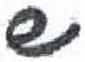
אות: ש